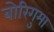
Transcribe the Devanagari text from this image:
बोरिगुमा